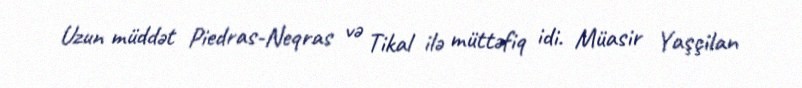
Uzun müddət Piedras-Neqras və Tikal ilə müttəfiq idi. Müasir Yaşçilan